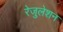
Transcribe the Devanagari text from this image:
रेजुलेशन